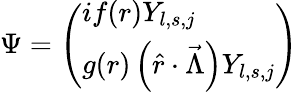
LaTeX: \Psi=\left(\begin{array}{l}{{if(r)Y_{l,s,j}}}\\ {{g(r)\left(\hat{r}\cdot\vec{\Lambda}\right)Y_{l,s,j}}}\end{array}\right)